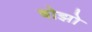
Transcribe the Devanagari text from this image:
बोझो